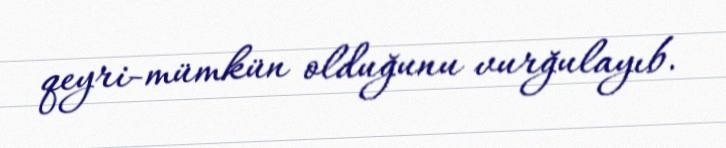
qeyri-mümkün olduğunu vurğulayıb.